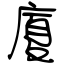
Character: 廈